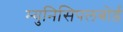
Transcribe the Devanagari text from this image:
म्युनिसिपलबोर्ड